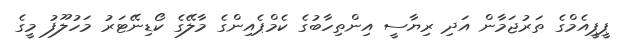
ޕީޕީއެމްގެ ތަރުޖަމާން އަދި ރިޔާސީ އިންތިހާބުގެ ކެމްޕެއިންގެ މާލޭގެ ކޯޑިނޭޓަރު މަހުލޫފު މީގެ